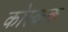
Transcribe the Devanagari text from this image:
कोस्कक